Lunatic asylums Central Provinces reports 1895-1909 - 1895-1909
Year: 1895
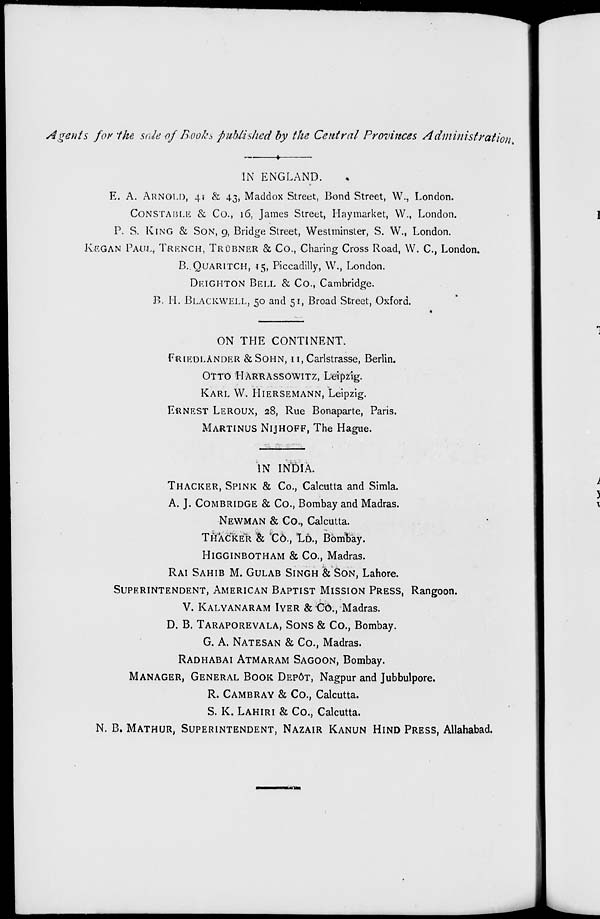
Agents for the sale of Books published by the Central Provinces Administration.
IN ENGLAND.
E. A. ARNOLD, 41 & 43, Maddox Street, Bond Street, W., London.
CONSTABLE & Co., 16, James Street, Haymarket, W., London.
P. S. KING & SON, 9, Bridge Street, Westminster, S. W., London.
KEGAN PAUL, TRENCH, TRÜBNER & Co., Charing Cross Road, W. C., London.
B. QUARITCH, 15, Piccadilly, W., London.
DEIGHTON BELL & Co., Cambridge.
B. H. BLACKWELL, 50 and 51, Broad Street, Oxford.
ON THE CONTINENT.
FRIEDLANDER & SOHN, 11, Carlstrasse, Berlin.
OTTO HARRASSOWITZ, Leipzig.
KARL W. HIERSEMANN, Leipzig.
ERNEST LEROUX, 28, Rue Bonaparte, Paris.
MARTINUS NIJHOFF, The Hague.
IN INDIA.
THACKER, SPINK & Co., Calcutta and Simla.
A. J. COMBRIDGE & Co., Bombay and Madras.
NEWMAN & Co., Calcutta.
THACKER & Co., LD., Bombay.
HIGGINBOTHAM & Co., Madras.
RAI SAHIB M. GULAB SINGH & SON, Lahore.
SUPERINTENDENT, AMERICAN BAPTIST MISSION PRESS, Rangoon.
V. KALYANARAM IYER & Co., Madras.
D. B. TARAPOREVALA, SONS & Co., Bombay.
G. A. NATESAN & Co., Madras.
RADHABAI ATMARAM SAGOON, Bombay.
MANAGER, GENERAL BOOK DEPÔT, Nagpur and Jubbulpore.
R. CAMBRAY & Co., Calcutta.
S. K. LAHIRI & Co., Calcutta.
N. B. MATHUR, SUPERINTENDENT, NAZAIR KANUN HIND PRESS, Allahabad.